Lunatic asylums Punjab 1895-1910 - 1895-1910
Year: 1895
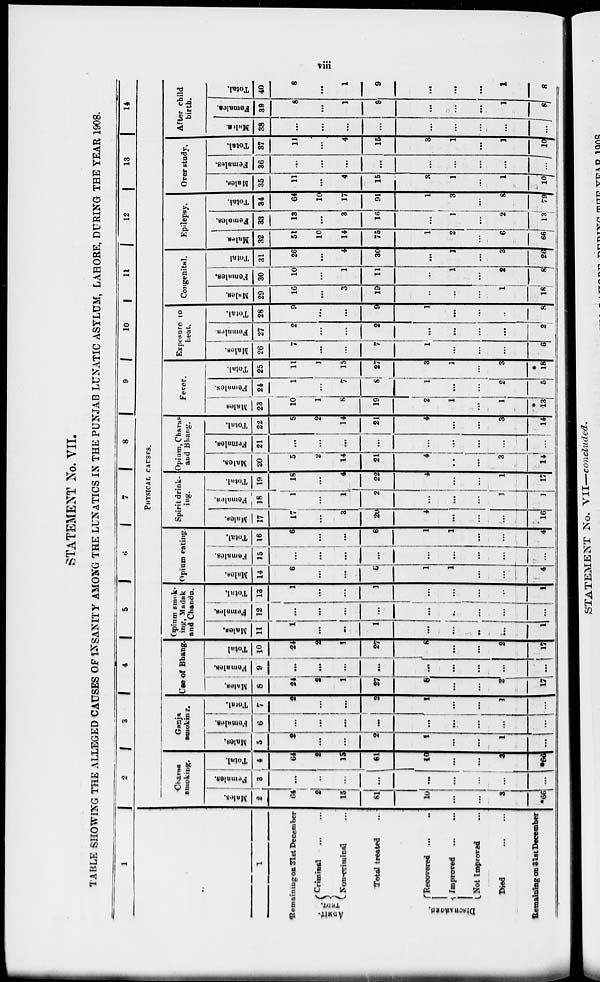
viii
STATEMENT No. VII.
TABLE SHOWING THE ALLEGED CAUSES OF INSANITY AMONG THE LUNATICS IN THE PUNJAB LUNATIC ASYLUM, LAHORE, DURING THE YEAR 1908.
1
1
Remaining on 31st December
ADMIT-
TEDT.
Criminal
... ...
Non-criminal
...
Total treated ...
Recovered ... ...
Improved ... ...
Not Improved ...
Died
...
...
Remaining on 31st December
2
3
4
5
6
7
8
9
10
11
12
13
14
PHYSICAL
CAUSES.
Charas
smoking.
Males.
2
64
2
15
81
10
...
...
3
*66
Females.
3
...
...
...
...
...
...
...
...
...
Total.
4
64
2
15
81
10
...
...
3
*66
Ganja
smoking.
Males.
5
2
...
...
2
1
...
...
1
...
Females.
6
...
...
...
...
...
...
...
...
....
Total.
7
2
...
...
2
1
...
...
1
...
Use of Bhang.
Males.
8
24
2
1
27
8
...
...
2
17
Females.
9
...
...
...
...
...
...
...
...
...
Total
10
24
2
1
27
8
...
...
2
17
Opium smok-
ing, Madak
and Chandu.
Males.
11
1
...
...
1
...
...
...
...
1
Females.
12
...
...
...
...
...
...
...
...
...
Total.
13
1
...
...
1
...
...
...
...
1
Opium eating.
Males.
14
6
...
...
6
1
1
...
...
4
Females.
15
...
...
...
...
...
...
...
...
...
Total.
16
6
...
...
6
1
1
...
...
4
Spirit drink-
ing.
Males.
17
17
...
3
20
4
...
...
...
16
Females.
18
....
1
...
1
2
...
...
...
1
1
Total.
19
18
...
4
22
4
...
...
1
17
Opium, Charas
and Bhang.
Males.
20
5
2
14
21
4
...
...
3
14
Females.
21
...
...
...
...
...
...
...
...
...
Total.
22
5
2
14
21
4
...
...
3
14
Fever.
Males
23
10
1
8
19
2
1
...
1
*
13
Females.
24
1
...
7
8
1
...
...
2
5
Total.
25
11
1
15
27
3
1
...
3
*
18
Exposure to
heat.
Males.
26
7
...
7
1
...
...
...
6
Females.
27
2
...
...
2
...
...
...
...
2
Total.
28
9
...
...
9
1
...
...
8
Congenital.
Males.
29
16
...
3
19
...
...
...
1
18
Females.
30
10
...
1
11
...
1
...
2
8
Total
31
26
...
4
30
...
1
...
3
26
Epilepsy.
Males.
32
51
10
14
75
1
2
...
6
66
Females.
33
13
...
3
16
...
1
...
2
13
Total.
34
64
10
17
91
1
3
...
8
79
Over study.
Males.
35
11
...
4
15
3
1
...
1
10
Females.
36
...
...
...
...
...
...
...
...
...
Total.
37
11
...
4
15
3
1
...
1
10
After child
birth.
Males.
38
...
...
...
...
...
...
...
...
...
Females.
39
8
...
1
9
...
...
...
1
8
Total.
40
8
...
1
9
...
...
...
1
8